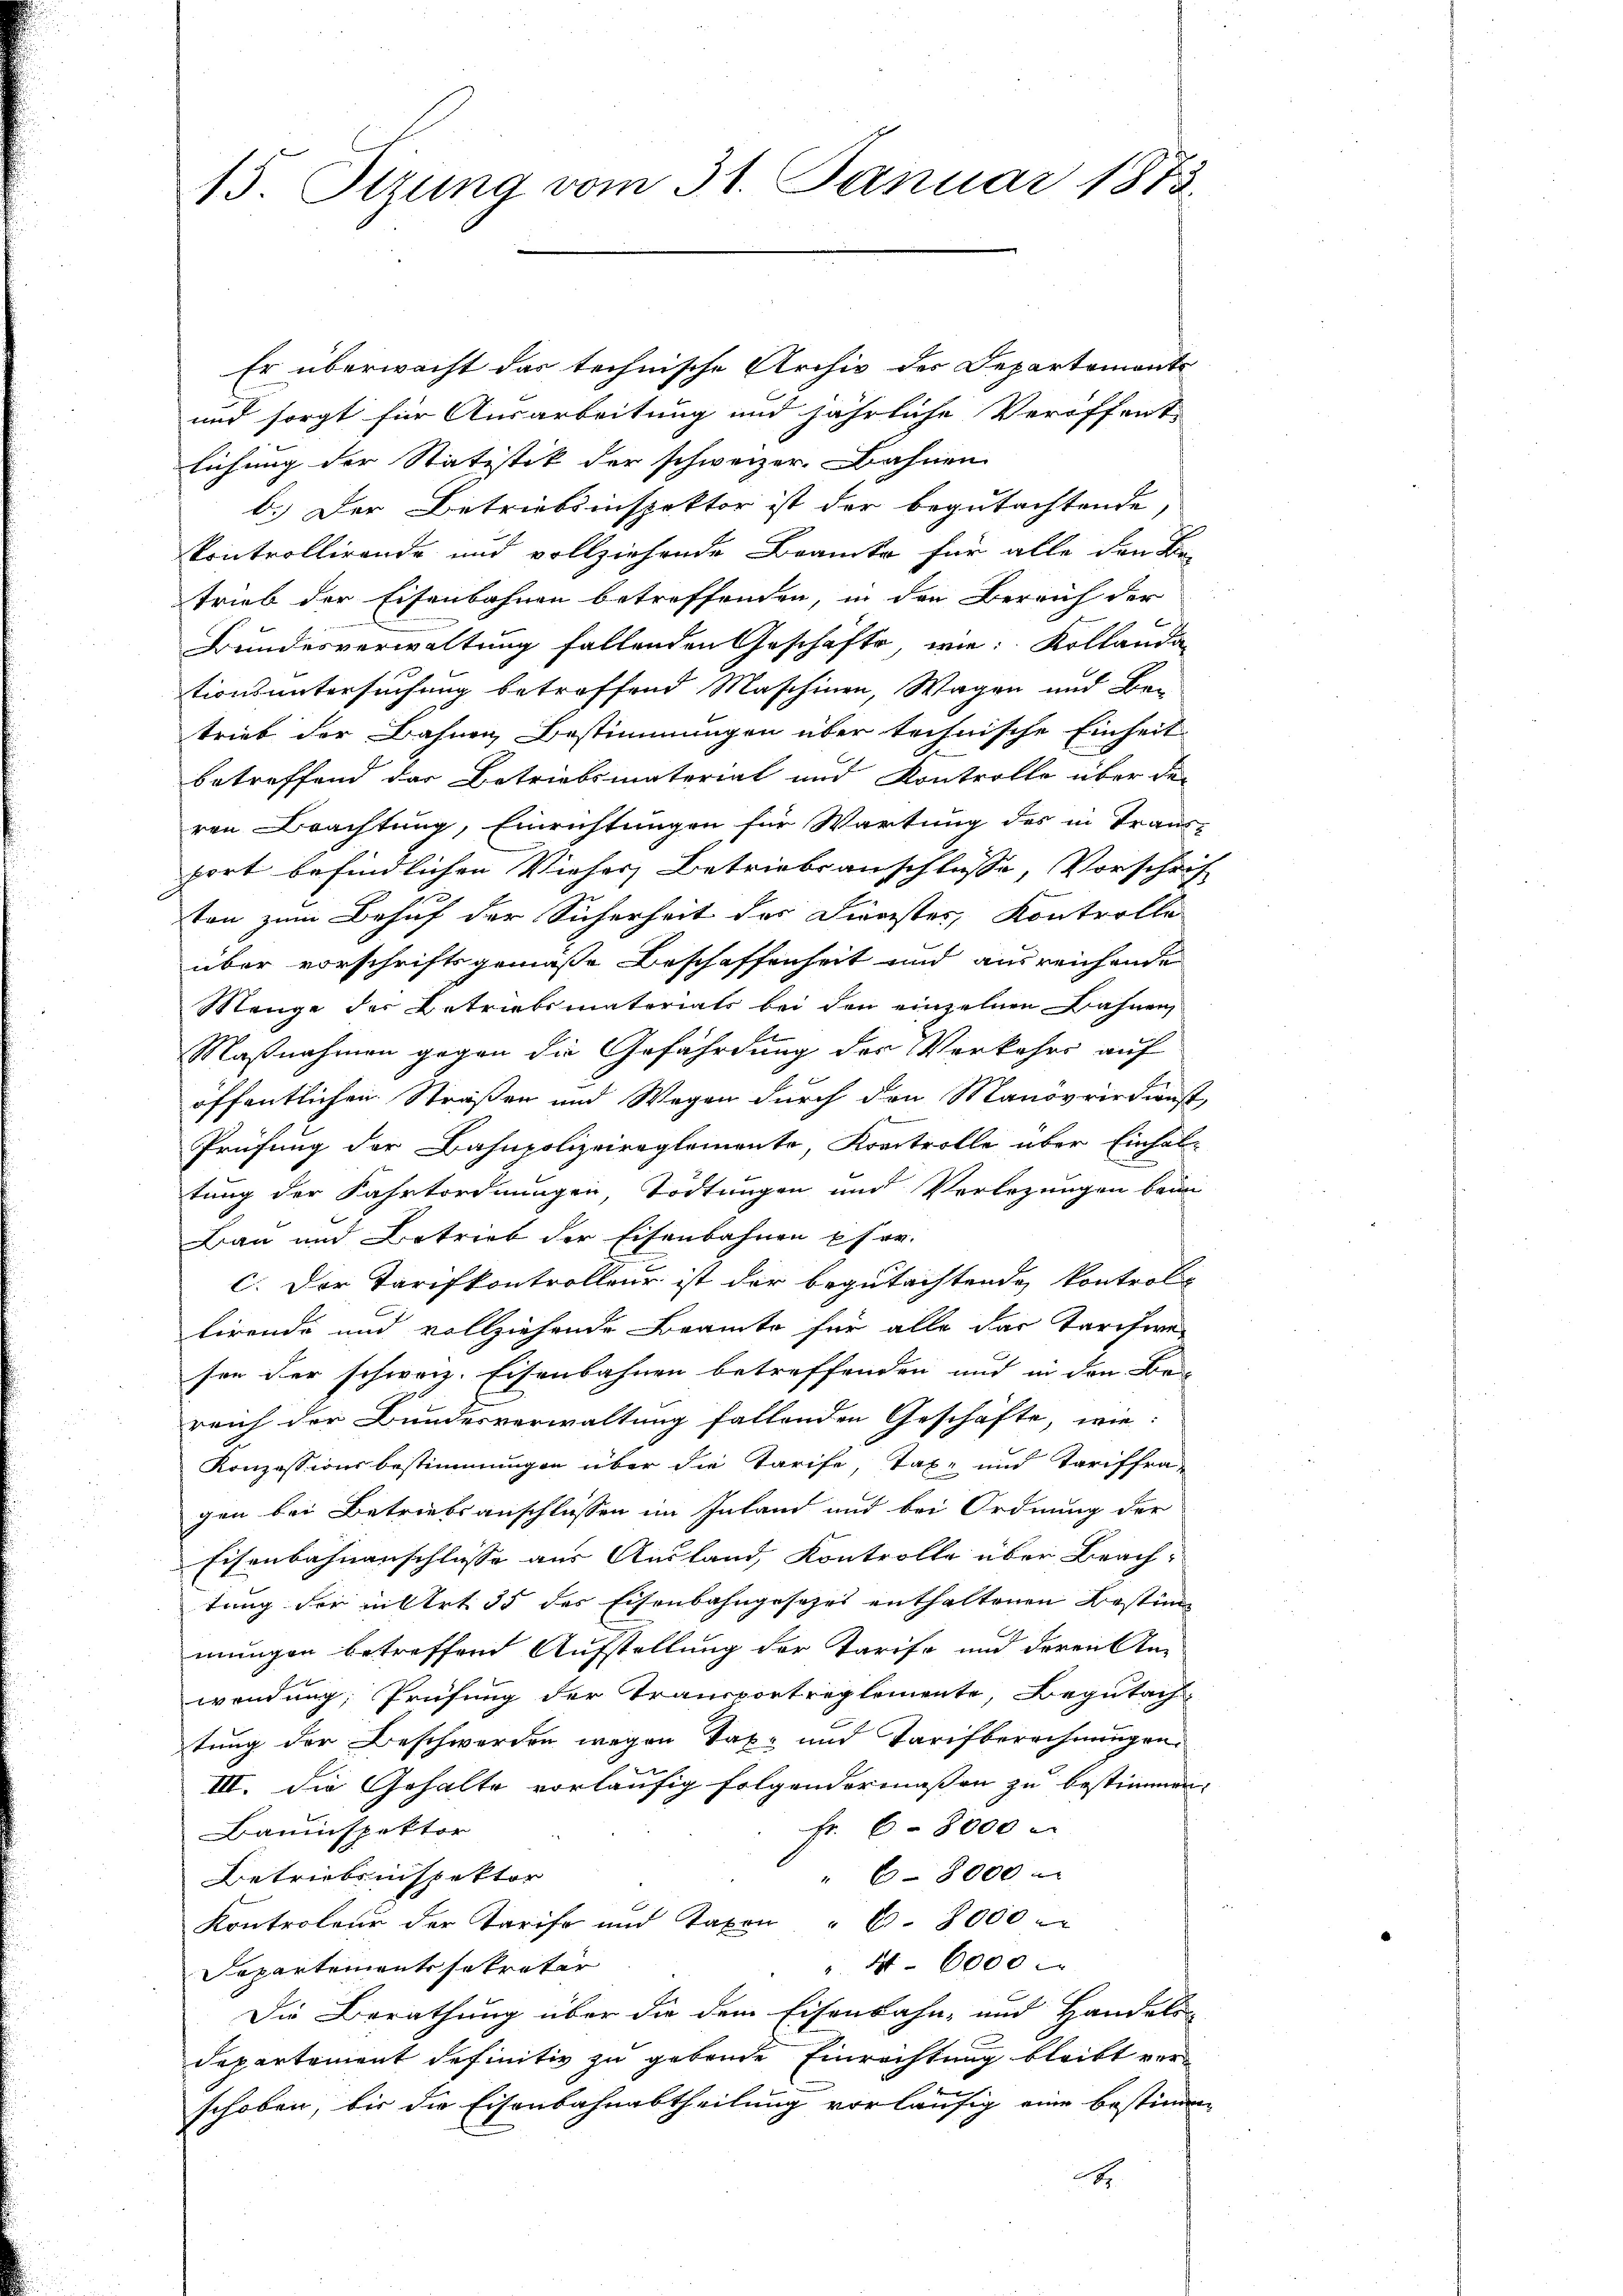
15 Stzung vom 31. Januar 1873.

Er überwacht das technische Archiv der Departemonte
und sorgt für Ausarbeitung und jährliche Veröffent
lichung der Statistik der schweizer. Bahnen
b.) Der Betriebsinspektor ist der begutachtende,
kontrollirende und vollziehende Brancke für alle den Betrieb der Eisenbahnen betreffenden, in den Bereich der
Bundesverwaltung fallenden Geschäfte, wie Kollauda
tionsuntersuchung betroffend Maschinen, Wagen und Be-
trieb der Bahnen Bestimmungen über technische Einheit
betreffend der Betriebsmaterial und Kontrolle über den
ren Beachtung, Einrichtungen für Wartung des in Trans-
port befindlichen Vieher Betriebsanschlüsse, Vorschrif
ton zum Behuf der Sicherheit der Dienster, Kontrolle
über vorschriftsgemäße Beschaffenheit und ausreichende
Menge der Betriebsmatoriats bei den einzelnen Bahnen,
Maßnahmen gegen die Gefährdung der Verkehrs auf
öffentlichen Straßen und Wegen durch den Manövrirdienst,
Prüfung der Bahnpolizeireglemente, Kontrolle über Einhaltung der Fahrtordnungen, Tödtungen und Verbezungen bean
Bau und Betrieb der Eisenbahnen Eher.
c. Der Tarifkontrolleur ist der begutachtenden Kontrol
lirende und vollziehende Beamte für alle das Tarifwe-
sen der schweiz. Eisenbahnen betreffenden und in den Be-
reich der Bundesverwaltung fallenden Geschäfte, wie:
Konzessionsbestimmungen über die Tarife, Tax- und Tariffra
gen bei Betriebsanschlüssen im Inland und bei Ordnung der
Eisenbahnanschlüsse aus Ausland, Kontrolle über Brach-
tung der intert. 35 des Eisenbahngesezes enthaltenen Bestimm
mungen betreffend Aufstellung der Tarife und deren An-
wendung; Prüfung der Transportreglemente, Begutach
tung der Beschwerden wegen Taxe und Tarifberechnungen.
III. Die Gehalte vorläufig folgendermassen zu bestimmen.
Fr. 68000 x
Bauinspektor
" 68000
Betriebsinspektor
Kontroleur der Tarife und Taxen " 6. 8000
" 41. 6000
Separtements sokrater
Die Berathung über die dem Eisenbahn- und Handels-
departement definitiv zu gebende Einrichtung bleibt ver-
schoben, bis die Eisenbahnabtheilung vorläufig eine bestimm
A